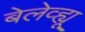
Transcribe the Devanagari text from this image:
बेलेव्ह्यू